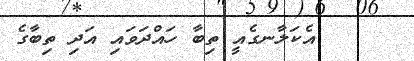
٧     އެކަލާނގެއީ ތިބާ ހައްދަވައި އަދި ތިބާގެ